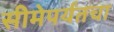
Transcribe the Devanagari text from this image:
सीमेपर्यंतचा